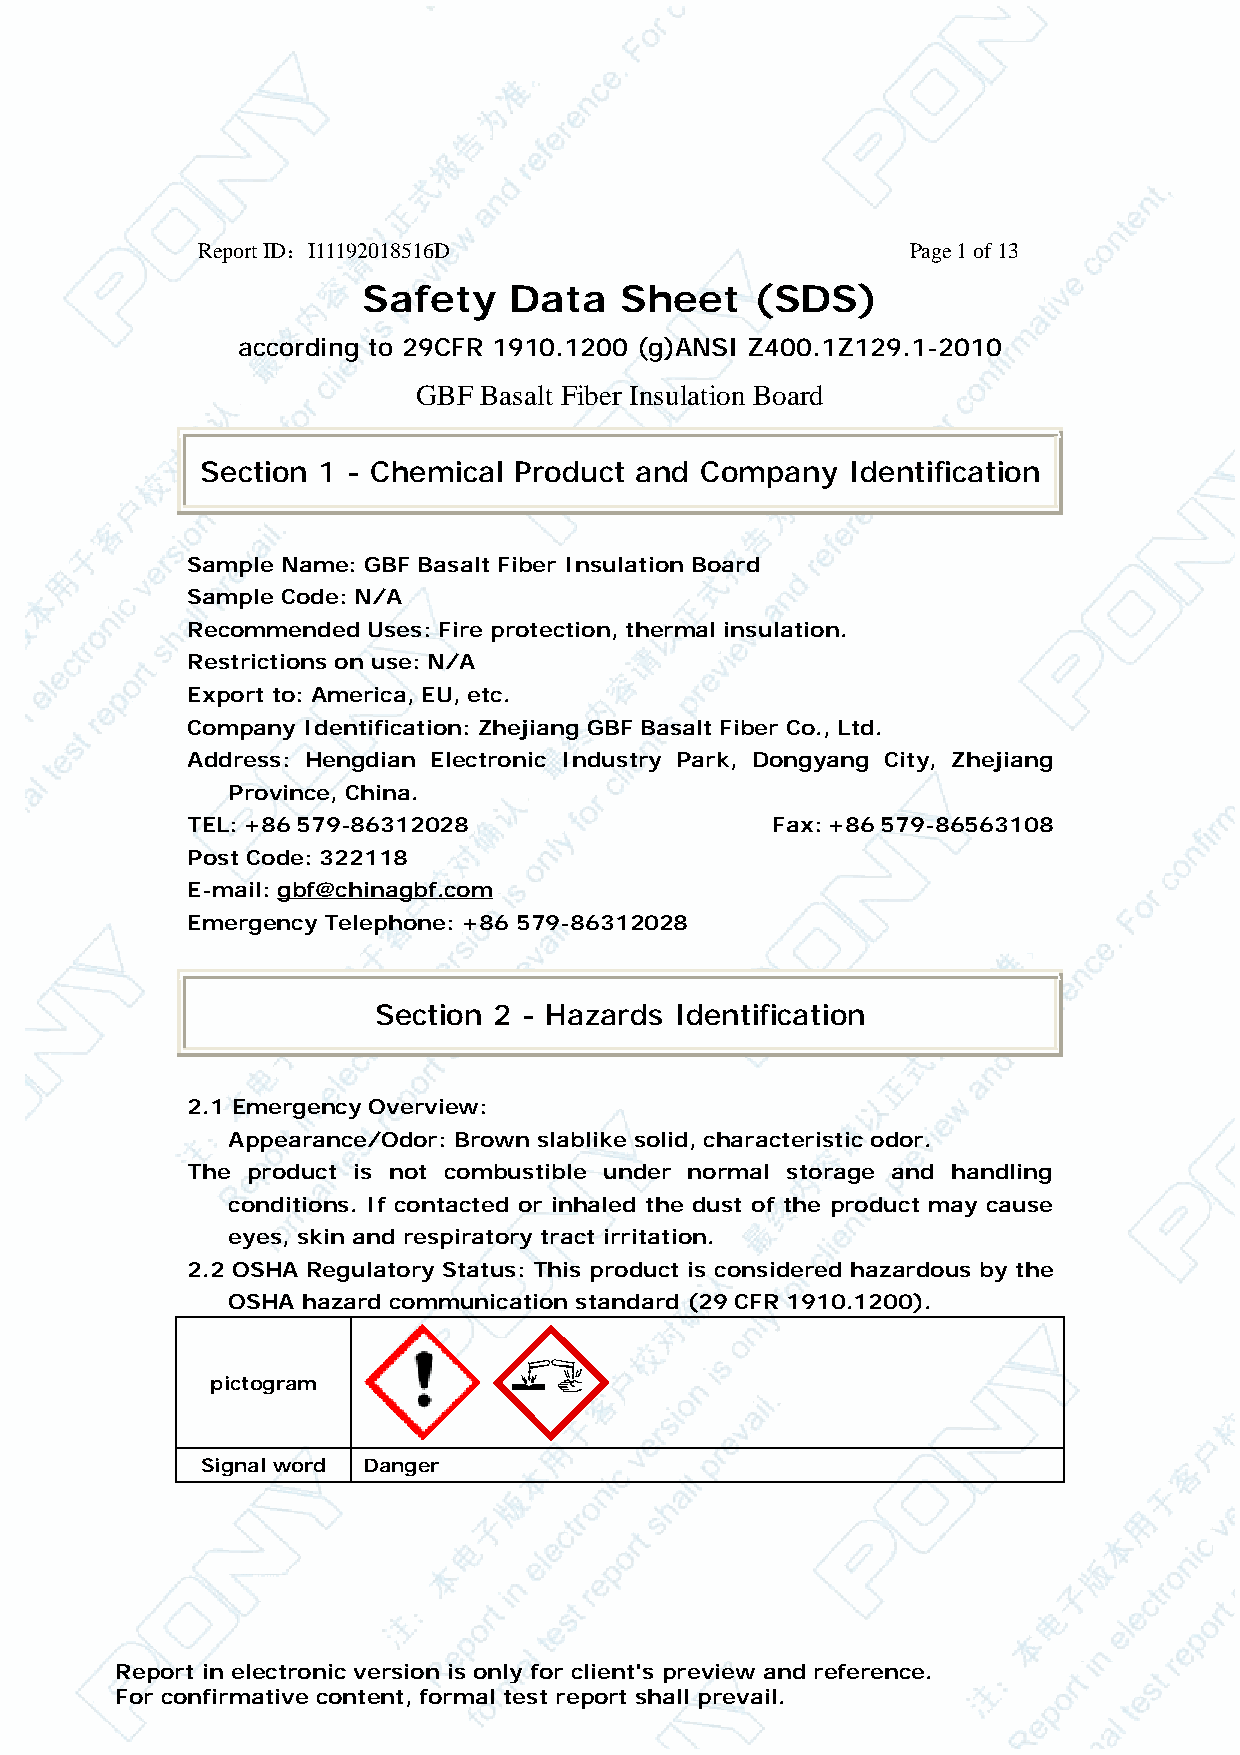
Report ID：I11192018516D                     Page 1 of 13
 Safety    Data   Sheet    (SDS)
 according to 29CFR 1910.1200 (g)ANSI Z400.1Z129.1-2010
 GBF Basalt Fiber Insulation Board
 Section 1 - Chemical Product and Company   Identification
 Sample Name: GBF Basalt Fiber Insulation Board
 Sample Code: N/A
 Recommended Uses: Fire protection, thermal insulation.
 Restrictions on use: N/A
 Export to: America, EU, etc.
 Company Identification: Zhejiang GBF Basalt Fiber Co., Ltd.
 Address: Hengdian Electronic Industry Park, Dongyang City, Zhejiang
 Province, China.
 TEL: +86 579-86312028                 Fax: +86 579-86563108
 Post Code: 322118
 E-mail: gbf@chinagbf.com
 Emergency Telephone: +86 579-86312028
 Section 2 - Hazards Identification
 2.1 Emergency Overview:
 Appearance/Odor: Brown slablike solid, characteristic odor.
 The product is not combustible under normal storage and handling
 conditions. If contacted or inhaled the dust of the product may cause
 eyes, skin and respiratory tract irritation.
 2.2 OSHA Regulatory Status: This product is considered hazardous by the
 OSHA hazard communication standard (29 CFR 1910.1200).
 pictogram
 Signal word Danger
 Report in electronic version is only for client's preview and reference.
 For confirmative content, formal test report shall prevail.